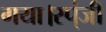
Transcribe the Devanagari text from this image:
गया।स्प्ंजी